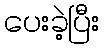
ပေးခဲ့ပြီး